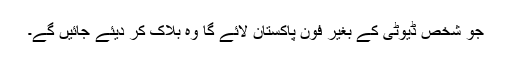
جو شخص ڈیوٹی کے بغیر فون پاکستان لائے گا وہ بلاک کر دیئے جائیں گے۔